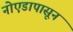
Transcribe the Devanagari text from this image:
नोएडापासून